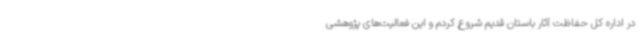
در اداره کل حفاظت آثار باستان قدیم شروع کردم و این فعالیت‌های پژوهشی